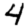
Digit: 4